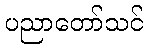
ပညာတော်သင်